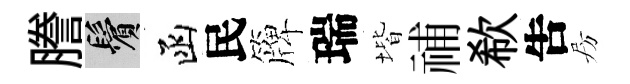
謄鬢函民簰瑞堦𥙷欷吿房